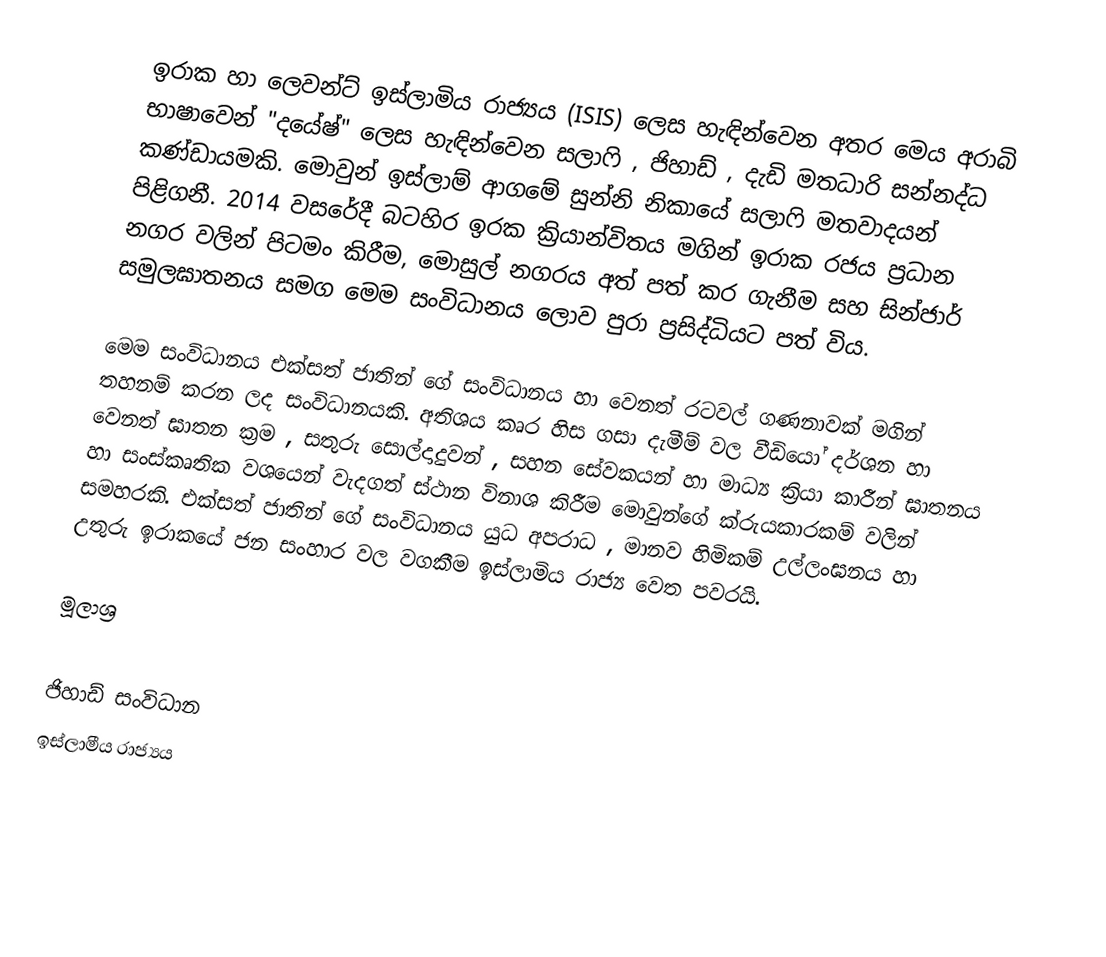
ඉරාක හා  ලෙවන්ට් ඉස්ලාමිය රාජ්‍යය (ISIS) ලෙස හැඳින්වෙන  අතර මෙය අරාබි භාෂාවෙන්  "දයේෂ්" ලෙස  හැඳින්වෙන  සලාෆි , ජිහාඩ් , දැඩි මතධාරි සන්නද්ධ කණ්ඩායමකි. මොවුන් ඉස්ලාම් ආගමේ සුන්නි නිකායේ සලාෆි මතවාදයන් පිළිගනී. 2014 වසරේදී බටහිර ඉරක ක්‍රියාන්විතය මගින් ඉරාක රජය ප්‍රධාන නගර  වලින් පිටමං කිරීම, මොසුල් නගරය අත් පත් කර ගැනීම සහ සින්ජාර් සමුලඝාතනය සමග මෙම සංවිධානය ලොව පුරා ප්‍රසිද්ධියට පත් විය.

මෙම සංවිධානය එක්සත් ජාතින් ගේ සංවිධානය  හා වෙනත් රටවල්  ගණනාවක් මගින්  තහනම්  කරන ලද සංවිධානයකි.  අතිශය කෘර හිස ගසා දැමීම් වල වීඩියෝ දර්ශන හා වෙනත් ඝාතන ක්‍රම , සතුරු සොල්දාදුවන් , සහන සේවකයන් හා මාධ්‍ය ක්‍රියා කාරීන් ඝාතනය හා සංස්කෘතික වශයෙන් වැදගත් ස්ථාන විනාශ කිරීම මොවුන්ගේ ක්රුයකාරකම්  වලින් සමහරකි. එක්සත් ජාතින් ගේ සංවිධානය යුධ අපරාධ , මානව හිමිකම් උල්ලංඝනය හා උතුරු ඉරාකයේ ජන සංහාර වල වගකීම ඉස්ලාමිය රාජ්‍ය වෙත පවරයි.

මූලාශ්‍ර

ජිහාඩ් සංවිධාන
ඉස්ලාමීය රාජ්‍යය